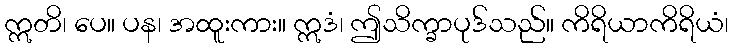
ဣတိ၊ ပေ။ ပန၊ အထူးကား။ ဣဒံ၊ ဤသိက္ခာပုဒ်သည်။ ကိရိယာကိရိယံ၊